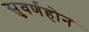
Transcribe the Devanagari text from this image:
सुवर्णहोन